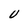
Character: U